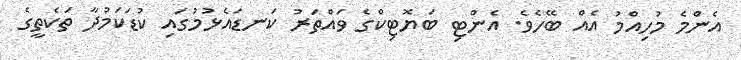
އެންމެ މުހިއްމު އެއް ބޭހެވެ. އެންޓި ބަޔޮޓިކްގެ ވައްތަރު ކަނޑައެޅުމުގައި ކުޑަކަމުދާ ތަކެތީގެ